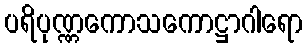
ပရိပုဏ္ဏကောသကောဋ္ဌာဂါရော